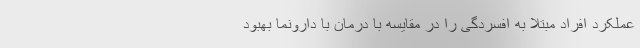
عملکرد افراد مبتلا به افسردگی را در مقایسه با درمان با دارونما بهبود